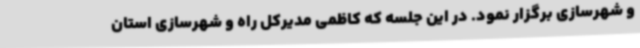
و شهرسازی برگزار نمود. در این جلسه که کاظمی مدیرکل راه و شهرسازی استان